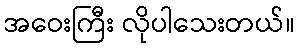
အဝေးကြီး လိုပါသေးတယ်။